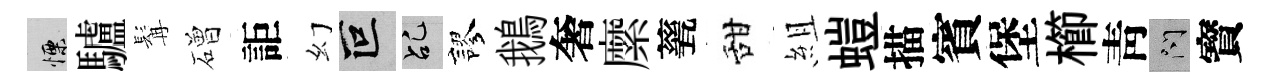
慄驢髯磳詎幻叵乩謬鵝奢縻甆甜組螘描賓堡櫛靑問寳